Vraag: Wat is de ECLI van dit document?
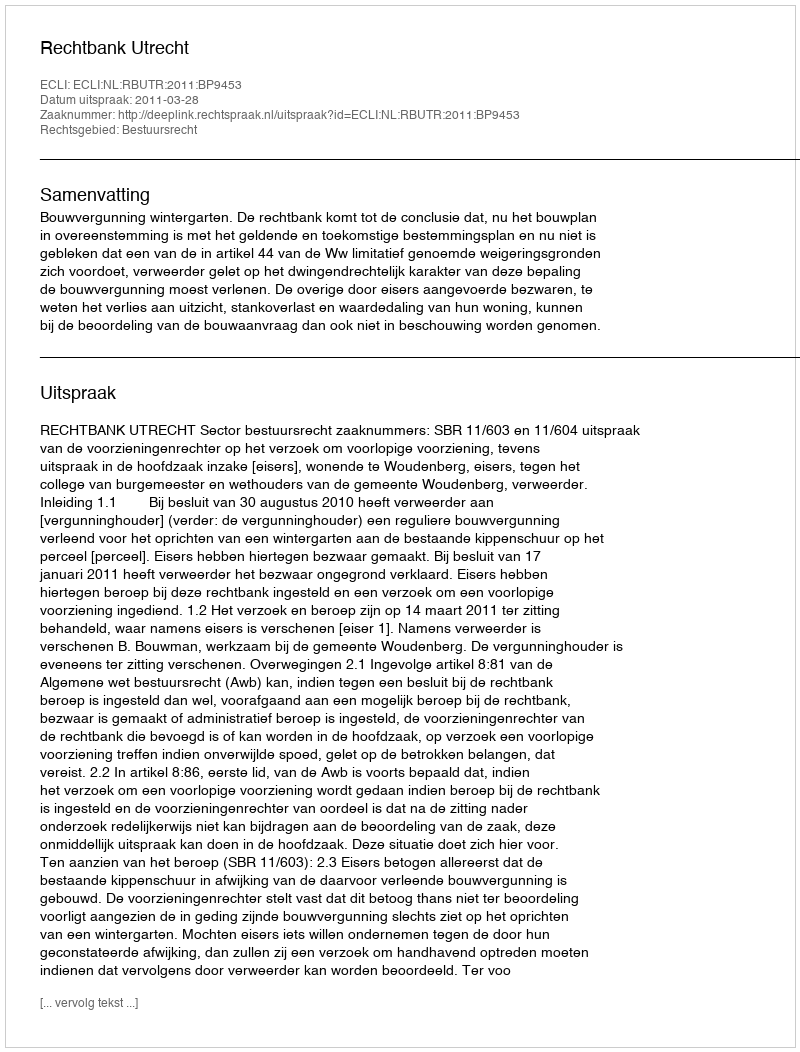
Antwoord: ECLI:NL:RBUTR:2011:BP9453